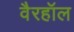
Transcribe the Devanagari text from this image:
वैरहॉल